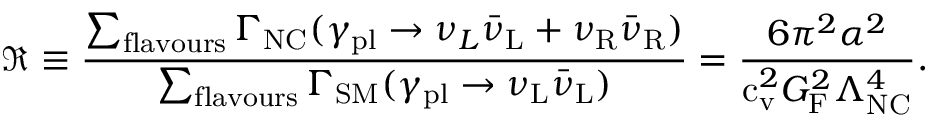
\Re \equiv \frac { \sum _ { \mathrm { f l a v o u r s } } \Gamma _ { \mathrm { N C } } ( \gamma _ { \mathrm { p l } } \to { \nu _ { L } } { \bar { \nu } } _ { \mathrm { L } } + { \nu _ { \mathrm { R } } } { \bar { \nu } } _ { \mathrm { R } } ) } { \sum _ { \mathrm { f l a v o u r s } } \Gamma _ { \mathrm { S M } } ( \gamma _ { \mathrm { p l } } \to { \nu _ { \mathrm { L } } } { \bar { \nu } } _ { \mathrm { L } } ) } = \frac { 6 \pi ^ { 2 } \alpha ^ { 2 } } { \mathrm { c } _ { \mathrm { v } } ^ { 2 } G _ { \mathrm { F } } ^ { 2 } \Lambda _ { \mathrm { N C } } ^ { 4 } } .